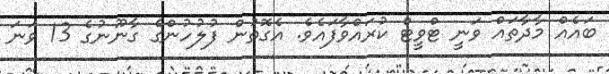
ބައެއް މާދާތައް ވަނީ ޓްވީޓް ކުރައްވާފައެވެ. އެގޮތުން ފުލުހުންގެ ގާނޫނުގެ 13 ވަނަ